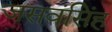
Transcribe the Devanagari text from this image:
जसवंसिंह